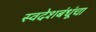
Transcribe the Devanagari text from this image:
स्वदेशबंधूंचा